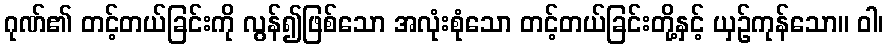
ဂုဏ်၏ တင့်တယ်ခြင်းကို လွန်၍ဖြစ်သော အလုံးစုံသော တင့်တယ်ခြင်းတို့နှင့် ယှဉ်ကုန်သော။ ဝါ၊